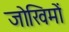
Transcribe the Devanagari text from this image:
जोखिमों